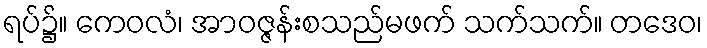
ရပ်၌။ ကေဝလံ၊ အာဝဇ္ဇန်းစသည်မဖက် သက်သက်။ တဒေဝ၊